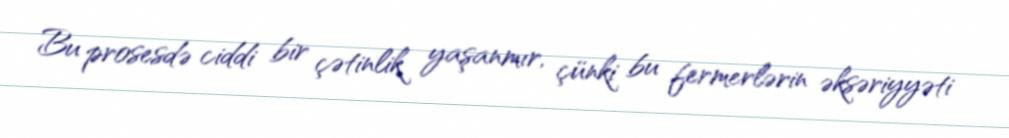
Bu prosesdə ciddi bir çətinlik yaşanmır, çünki bu fermerlərin əksəriyyəti